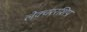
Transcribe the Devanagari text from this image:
लेक्चररशिप